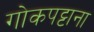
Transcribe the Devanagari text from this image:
गोकपट्टाना